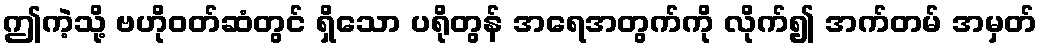
ဤကဲ့သို့ ဗဟိုဝတ်ဆံတွင် ရှိသော ပရိုတွန် အရေအတွက်ကို လိုက်၍ အက်တမ် အမှတ်